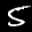
Label: 5